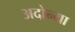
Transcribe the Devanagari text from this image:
अदोन्या